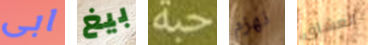
ابى بيغ حبة نهزم العشاق